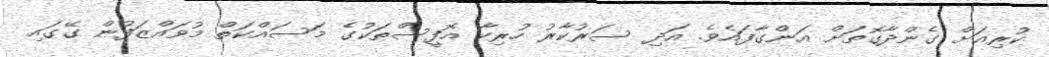
ކުރިއަށް ގެންދާގޮތަށް އަންގާފައެވެ. އަދި ސަރުކާރު ހުރިހާ އޮފީސްތަކުގެ މަސައްކަތް މުވައްޒަފުން ގޭގައި